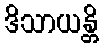
ဒိသာယန္တိ